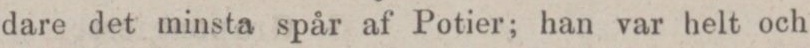
dare det minsta spår af Potier; han var helt och